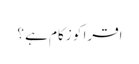
اقرا کو زکام ہے ؟